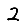
Digit: 2